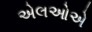
એલઓએ